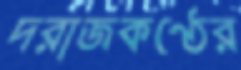
দরাজকণ্ঠের